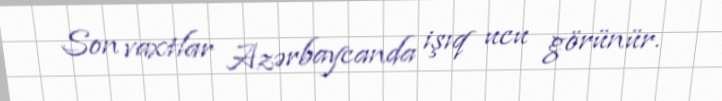
Son vaxtlar Azərbaycanda işıq ucu görünür.